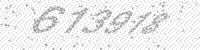
Solution: 613918